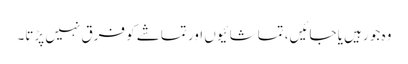
وہ جو رہیں یا جائیں، تماشائیوں اور تماشے کو فرق نہیں پڑتا۔